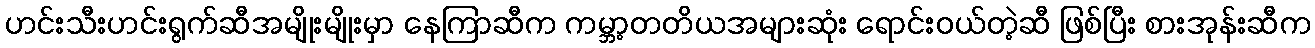
ဟင်းသီးဟင်းရွက်ဆီအမျိုးမျိုးမှာ နေကြာဆီက ကမ္ဘာ့တတိယအများဆုံး ရောင်းဝယ်တဲ့ဆီ ဖြစ်ပြီး စားအုန်းဆီက